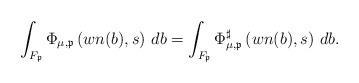
LaTeX: \begin{align*}\int_{F_\mathfrak{p}} \Phi_{\mu,\mathfrak{p} } \left( wn(b) ,s \right) \, db=\int_{F_\mathfrak{p}} \Phi^\sharp_{\mu,\mathfrak{p} } \left( wn(b) ,s \right) \, db.\end{align*}